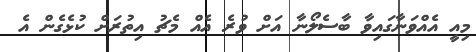
މިއީ އެއްވަނާގައިވާ ބާސެލޯނާ އަށް ވުރެ އެއް މެޗު އިތުރަށް ކުޅެގެން އެ